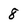
Character: 8